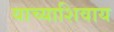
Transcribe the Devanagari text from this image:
याच्याशिवाय